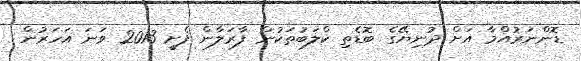
ޑޮންނަރުއްމާ އަށް ދުނިޔޭގެ ބޮޑެތި ކްލަބުތަކުން ފާރަލާން ފެށީ 2013 ވަނަ އަހަރުން